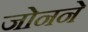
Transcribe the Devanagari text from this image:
जोनने